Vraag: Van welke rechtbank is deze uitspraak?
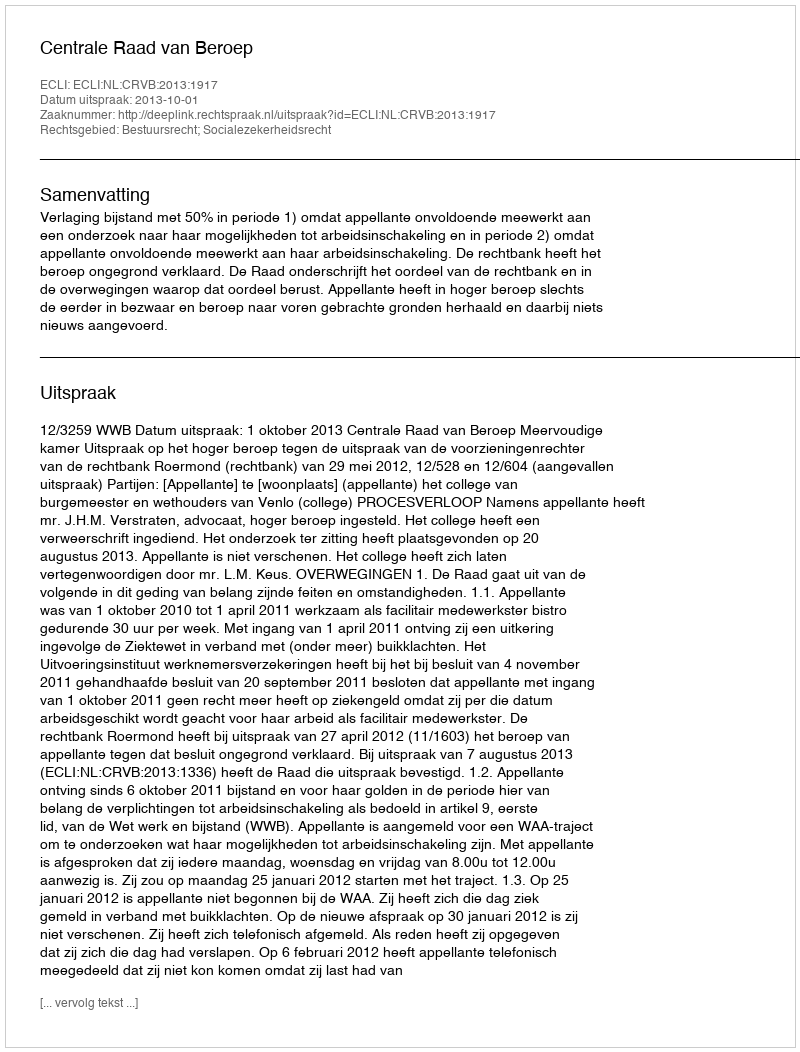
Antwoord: Centrale Raad van Beroep